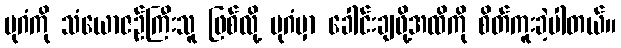
ပုဂံကို သံယောဇဉ်ကြီးသူ ဖြစ်လို့ ပုဂံမှာ ခေါင်းချဖို့အထိကို စိတ်ကူးခဲ့ပါတယ်။